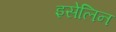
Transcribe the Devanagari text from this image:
इसेलिन